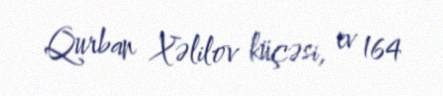
Qurban Xəlilov küçəsi, ev 164